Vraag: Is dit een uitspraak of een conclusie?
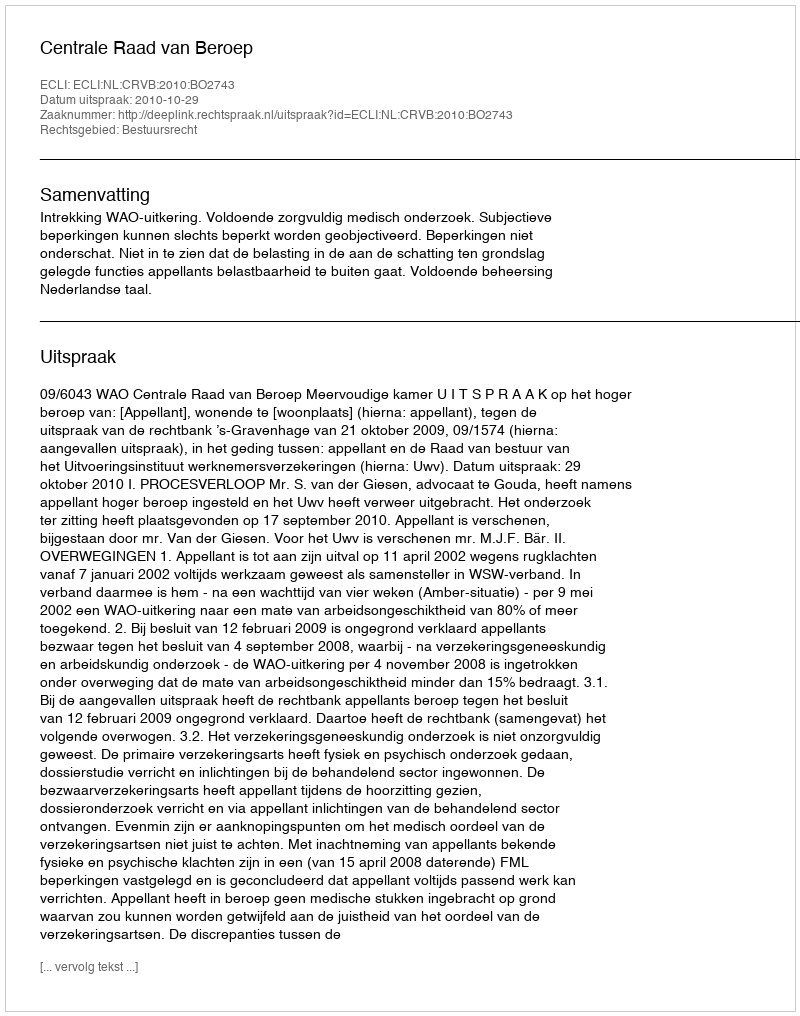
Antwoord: Uitspraak